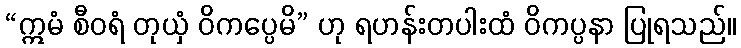
“ဣမံ စီဝရံ တုယှံ ဝိကပ္ပေမိ” ဟု ရဟန်းတပါးထံ ဝိကပ္ပနာ ပြုရသည်။